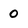
Character: 0